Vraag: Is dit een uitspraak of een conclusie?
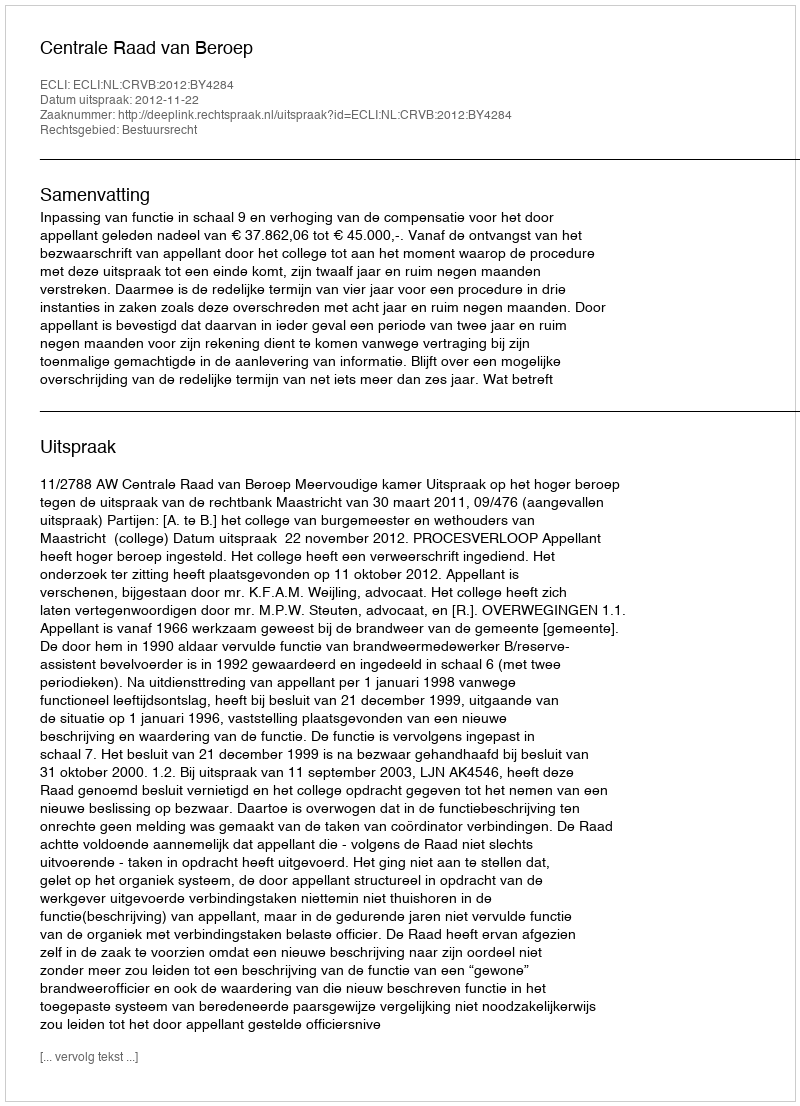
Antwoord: Uitspraak